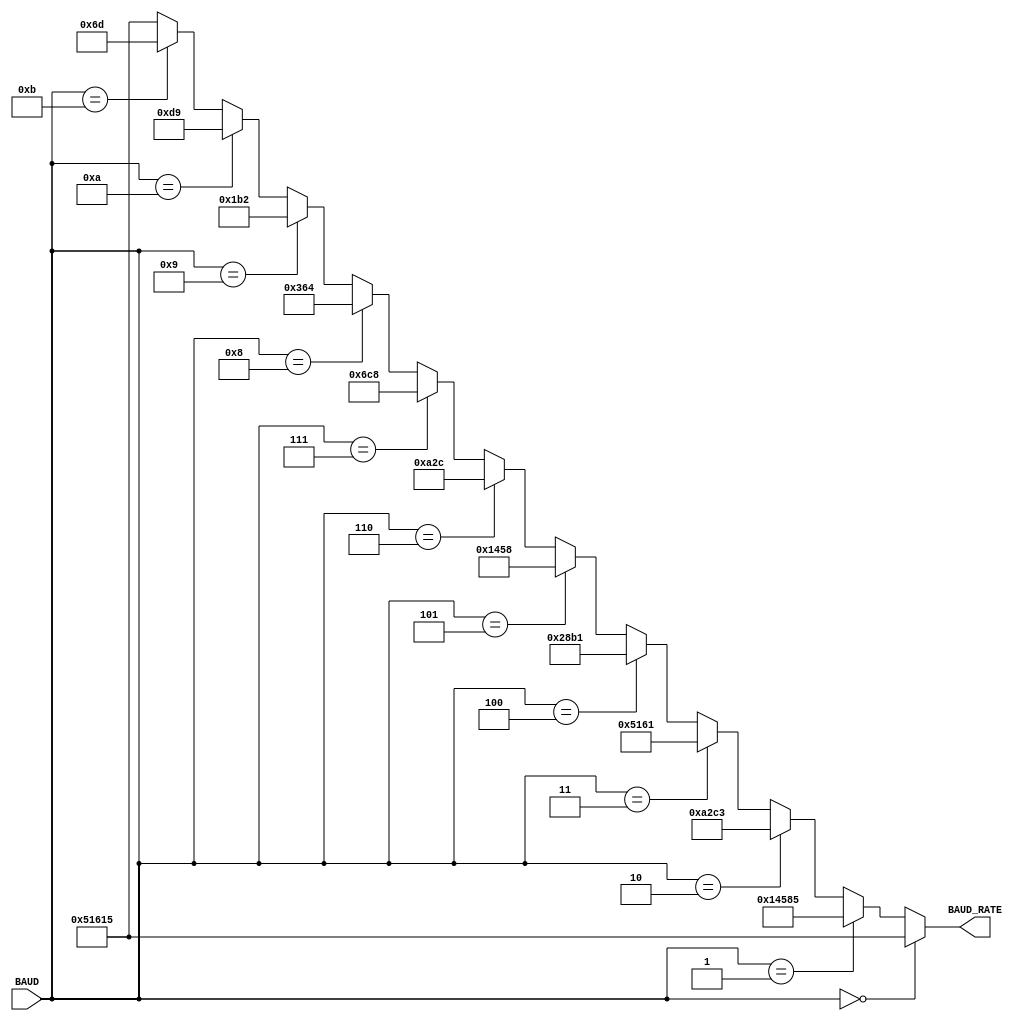
`timescale 1ns / 1ps
//****************************************************************//
//																						//
//  Created by Jacob Nguyen on 10/01/18.                          //
//  Copyright  2018 Jacob Nguyen. All rights reserved.           //
//																						//
//	 Abstract: Decoder block that calculates the counter value		//
//				  for a specified Baud Rate with respect to a 100MHz	//
//				  clock.																//
//																						//
//  In submitting this file for class work at CSULB               //
//  I am confirming that this is my work and the work             //
//  of no one else. In submitting this code I acknowledge that 	//
//  plagiarism in student project work is subject to dismissal 	//
//  from the class 																//
//****************************************************************//
module BAUD_DECODE(BAUD, BAUD_RATE);
	input  [3:0]  BAUD;
	output [18:0] BAUD_RATE;
	
	/*
		BAUD_RATE = (100,000,000 / Baud Rate)
		Ex:
			BAUD_RATE = (100,000,000 / 300 bits/sec ) = 333,333.33
	*/
	
	assign BAUD_RATE = (BAUD == 4'b0000) ? 19'd333_333 : // 300
							 (BAUD == 4'b0001) ? 19'd83_333 :  // 1200
							 (BAUD == 4'b0010) ? 19'd41_667 :  // 2400
							 (BAUD == 4'b0011) ? 19'd20_833 :  // 4800
							 (BAUD == 4'b0100) ? 19'd10_417 :  // 9600
 							 (BAUD == 4'b0101) ? 19'd5_208 :   // 19200
							 (BAUD == 4'b0110) ? 19'd2_604 :   // 38400
							 (BAUD == 4'b0111) ? 19'd1_736 :   // 57600
							 (BAUD == 4'b1000) ? 19'd868 : 	  // 115200
							 (BAUD == 4'b1001) ? 19'd434 :	  // 230400
							 (BAUD == 4'b1010) ? 19'd217 : 	  // 460800
							 (BAUD == 4'b1011) ? 19'd109 : 	  // 921600
														19'd333_333;
							 

	
endmodule